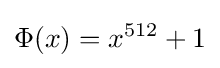
\Phi (x)=x^{512}+1